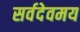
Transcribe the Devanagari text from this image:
सर्वदेवमय